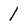
Character: 1